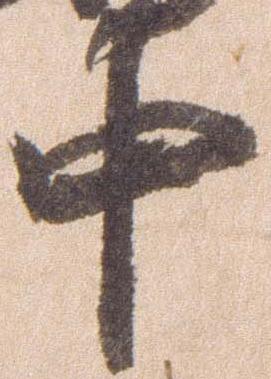
中